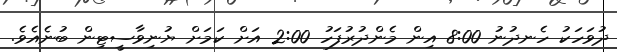
ދުވަހަކު ހެނދުނު 8:00 އިން މެންދުރުފަހު 2:00 އަށް ކަމަށް ޔުނިވާސީޓިން ބުނެއެވެ.